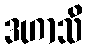
ဒဟာသိ